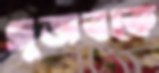
গুজবকে